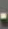
.